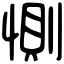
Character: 惻